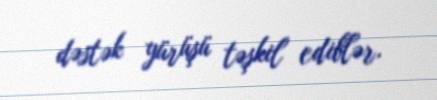
dəstək yürüşü təşkil ediblər.